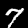
Label: 7